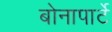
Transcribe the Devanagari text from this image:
बोनापार्टे